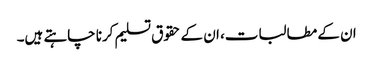
ان کے مطالبات، ان کے حقوق تسلیم کرنا چاہتے ہیں۔